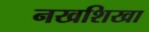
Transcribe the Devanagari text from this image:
नखशिखा